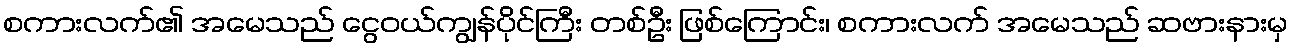
စကားလက်၏ အမေသည် ငွေဝယ်ကျွန်ပိုင်ကြီး တစ်ဦး ဖြစ်ကြောင်း၊ စကားလက် အမေသည် ဆဗားနားမှ